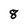
Character: 8